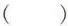
( )